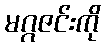
မဂ္ဂဇင်းကို